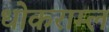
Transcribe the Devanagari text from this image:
धोकराम्ल